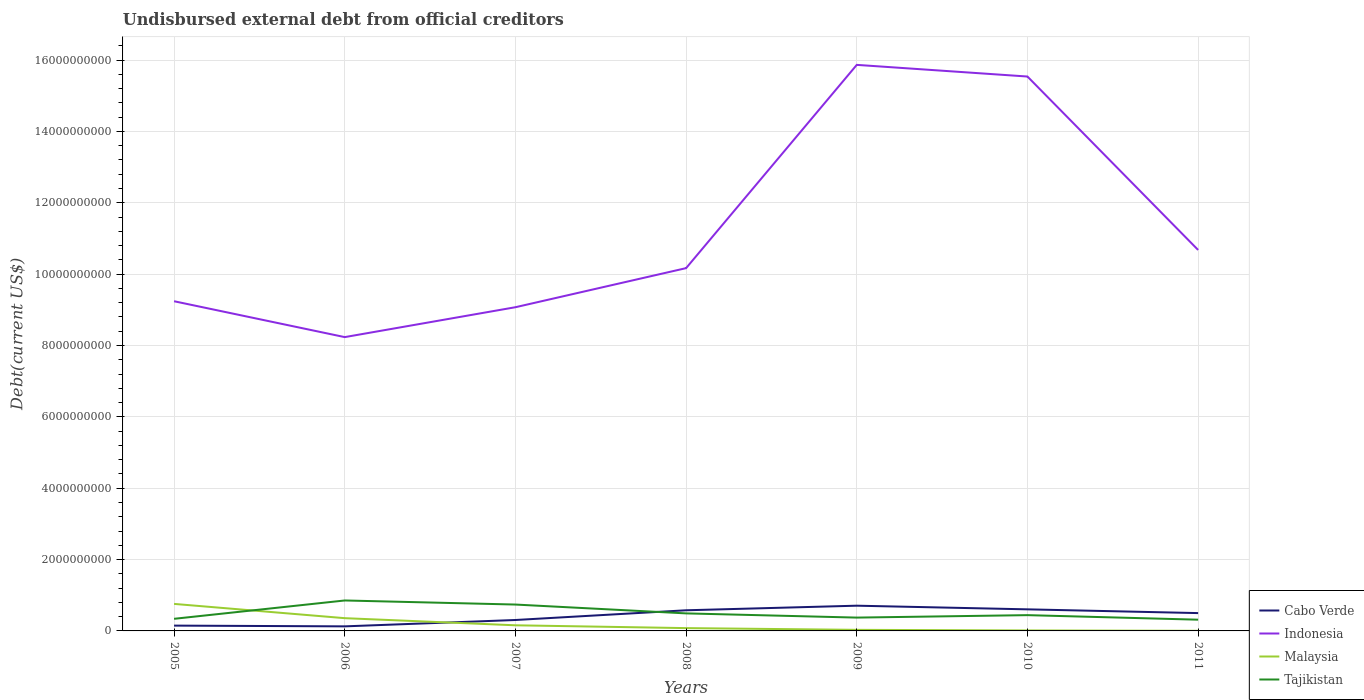
| Years | Cabo Verde | Indonesia | Malaysia | Tajikistan |
 | --- | --- | --- | --- | --- |
 | 2005 | 1.49e+08 | 9.24e+09 | 7.57e+08 | 3.39e+08 |
 | 2006 | 1.28e+08 | 8.23e+09 | 3.57e+08 | 8.53e+08 |
 | 2007 | 3.06e+08 | 9.07e+09 | 1.58e+08 | 7.39e+08 |
 | 2008 | 5.79e+08 | 1.02e+10 | 7.89e+07 | 4.91e+08 |
 | 2009 | 7.07e+08 | 1.59e+10 | 3.03e+07 | 3.73e+08 |
 | 2010 | 6.05e+08 | 1.55e+10 | 1.37e+07 | 4.42e+08 |
 | 2011 | 5e+08 | 1.07e+10 | 3.48e+06 | 3.15e+08 |